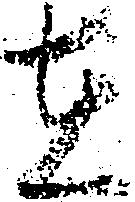
在